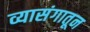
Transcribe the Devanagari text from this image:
व्यासंगातून